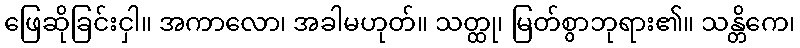
ဖြေဆိုခြင်းငှါ။ အကာလော၊ အခါမဟုတ်။ သတ္ထု၊ မြတ်စွာဘုရား၏။ သန္တိကေ၊